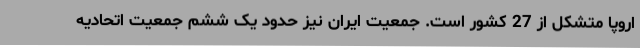
اروپا متشکل از 27 کشور است. جمعیت ایران نیز حدود یک ششم جمعیت اتحادیه